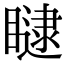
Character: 𥊵